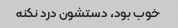
خوب بود، دستشون درد نکنه